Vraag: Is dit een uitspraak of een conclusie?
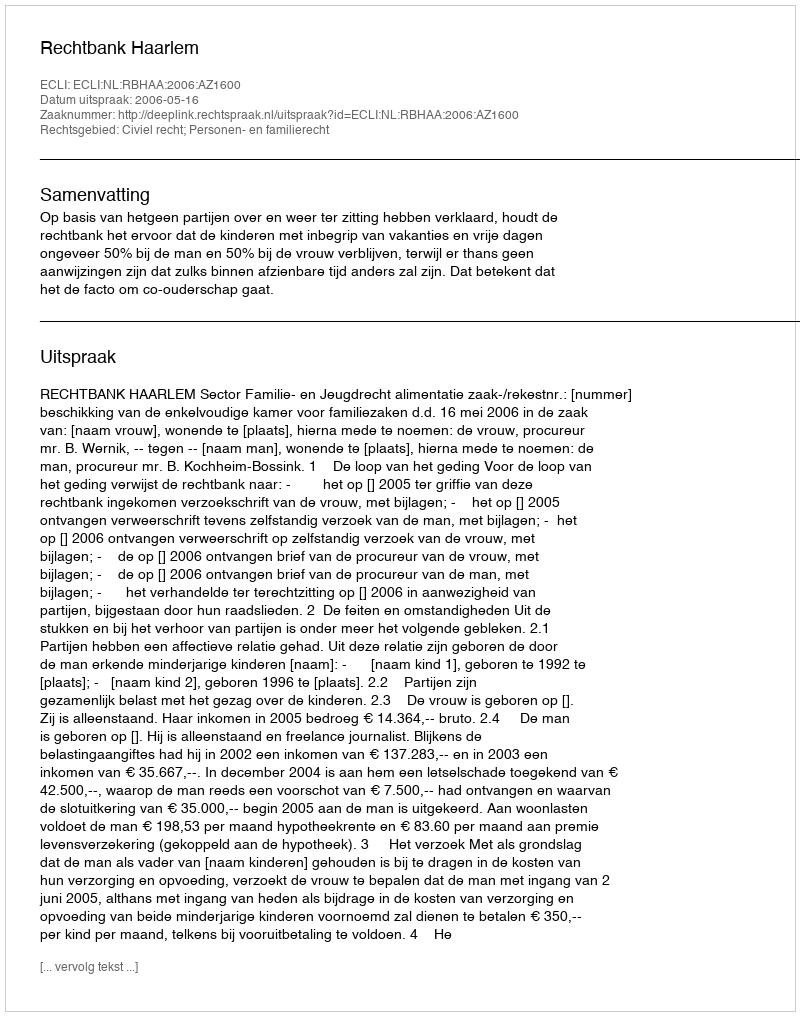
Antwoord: Uitspraak